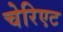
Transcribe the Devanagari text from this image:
चेरिएट